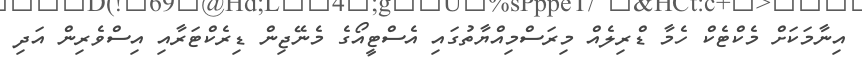
އިނާމަކަށް މެކްޓެކް ހެމާ ޑްރިލެއް މިރަސްމިއްޔާތުގައި އެސްޓީއޯގެ މެނޭޖިން ޑިރެކްޓަރާއި އިސްވެރިން އަދި